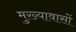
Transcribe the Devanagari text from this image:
मुख्यावासों